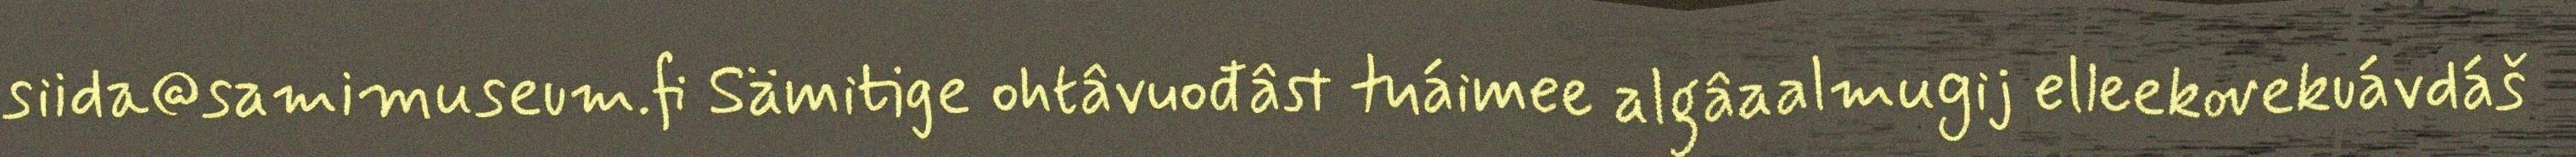
siida@samimuseum.fi Sämitige ohtâvuođâst tuáimee algâaalmugij elleekovekuávdáš